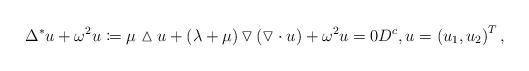
LaTeX: \begin{align*}\Delta^{\ast}u + \omega^2 u \coloneqq \mu \vartriangle u + \left( \lambda +\mu \right) \triangledown \left( \triangledown \cdot u\right) + \omega ^2 u = 0 D^c, u = \left( u_1, u_2\right)^T,\end{align*}